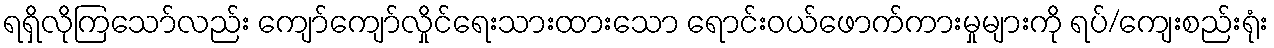
ရရှိလိုကြသော်လည်း ကျော်ကျော်လှိုင်ရေးသားထားသော ရောင်းဝယ်ဖောက်ကားမှုများကို ရပ်/ကျေးစည်းရုံး